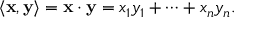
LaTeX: \langle \mathbf { x } , \mathbf { y } \rangle = \mathbf { x } \cdot \mathbf { y } = x _ { 1 } y _ { 1 } + \cdots + x _ { n } y _ { n } .